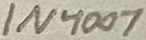
Text: 1N4007